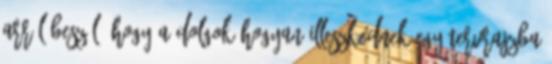
Arról beszél, hogy a dolgok hogyan illeszkednek egy tervrajzba